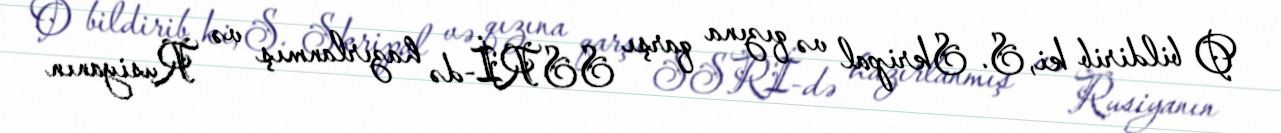
O bildirib ki, S. Skripal və qızına qarşı SSRİ-də hazırlanmış və Rusiyanın